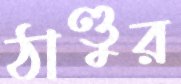
ঠাণ্ডুর